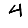
Digit: 4